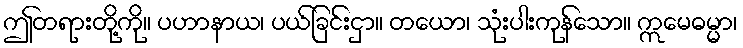
ဤတရားတို့ကို။ ပဟာနာယ၊ ပယ်ခြင်းငှာ။ တယော၊ သုံးပါးကုန်သော။ ဣမေဓမ္မာ၊